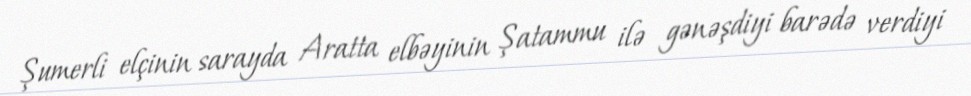
Şumerli elçinin sarayda Aratta elbəyinin Şatammu ilə gənəşdiyi barədə verdiyi